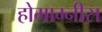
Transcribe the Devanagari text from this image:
होमाग्नीस